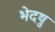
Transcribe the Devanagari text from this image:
भेदषु